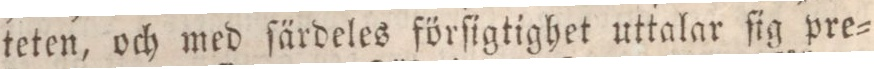
teten, och med ſärdeles förſigtighet uttalar ſig pre=